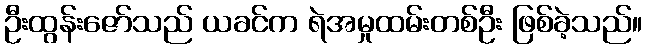
ဦးထွန်းဇော်သည် ယခင်က ရဲအမှုထမ်းတစ်ဦး ဖြစ်ခဲ့သည်။